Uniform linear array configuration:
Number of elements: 64
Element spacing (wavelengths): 1
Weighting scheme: cosine
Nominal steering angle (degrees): -45
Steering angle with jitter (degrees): -43.309
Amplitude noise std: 0.05
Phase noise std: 0.05

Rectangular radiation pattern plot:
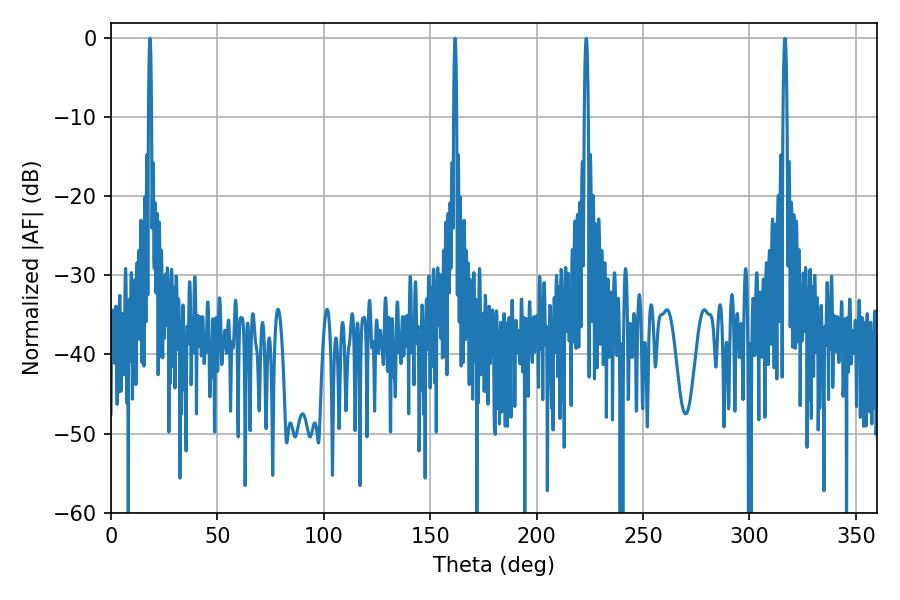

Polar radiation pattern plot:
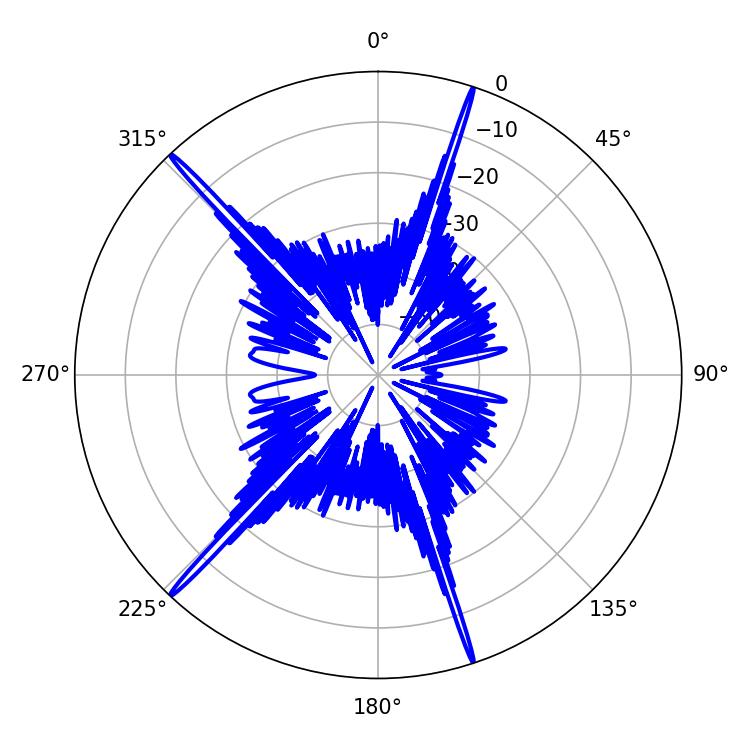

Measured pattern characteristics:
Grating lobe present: TRUE
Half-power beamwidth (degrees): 0.72
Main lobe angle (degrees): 161.64